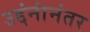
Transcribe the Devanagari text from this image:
उद्दंनांनंतर